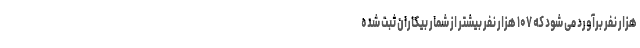
هزار نفر برآورد می شود که ۱۰۷ هزار نفر بیشتر از شمار بیکاران ثبت شده